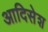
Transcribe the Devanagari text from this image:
आदिसेश